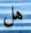
هل